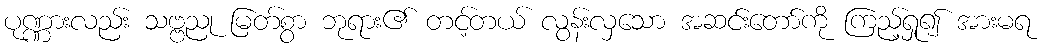
ပုဏ္ဏားလည်း သဗ္ဗညု မြတ်စွာ ဘုရား၏ တင့်တယ် လွန်းလှသော အဆင်းတော်ကို ကြည့်ရှု၍ အားမရ